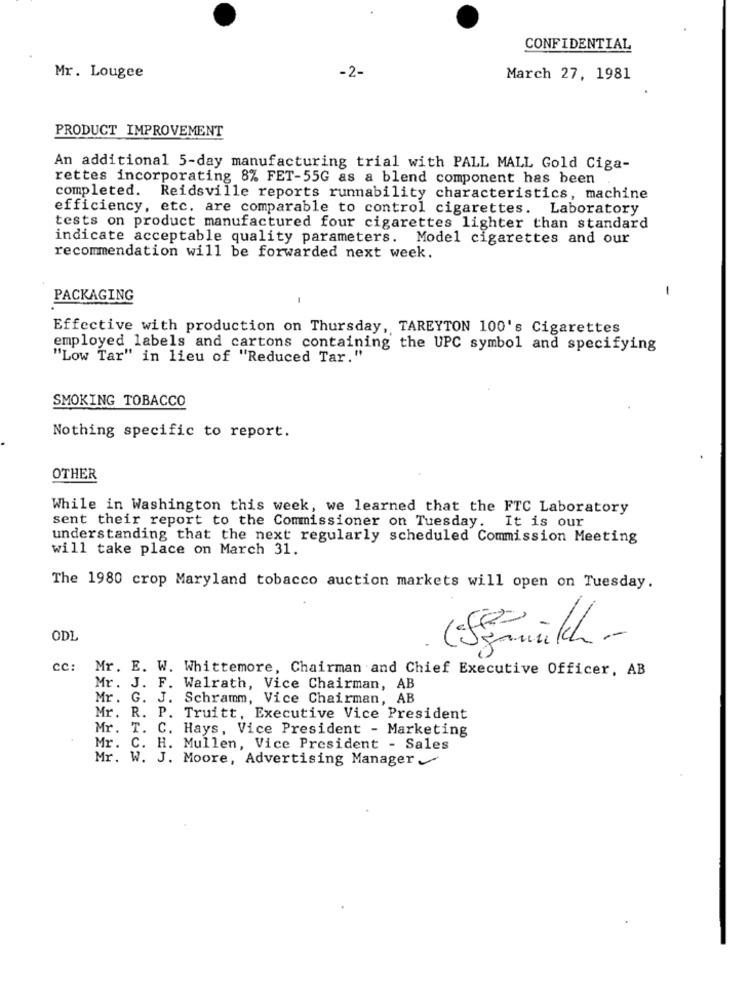
CONFIDENTIAL
-2-
Mr. Lougee
March 27, 1981
PRODUCT IMPROVEMENT
An additional 5-day manufacturing trial with PALL MALL Gold Ciga-
rettes incorporating 8% FET-55G as a blend component has been
completed. Reidsville reports runnability characteristics, machine
efficiency, etc. are comparable to control cigarettes.
Laboratory
tests on product manufactured four cigarettes lighter than standard
indicate acceptable quality parameters. Model cigarettes and our
recommendation will be forwarded next week.
1
PACKAGING
Effective with production on Thursday, TAREYTON 100's Cigarettes
employed labels and cartons containing the UPC symbol and specifying
"Low Tar" in lieu of "Reduced Tar."
SMOKING TOBACCO
Nothing specific to report.
OTHER
While in Washington this week, we learned that the FTC Laboratory
sent their report to the Commissioner on Tuesday.
It is our
understanding that the next regularly scheduled Commission Meeting
will take place on March 31.
The 1980 crop Maryland tobacco auction markets will open on Tuesday.
ODL
cc: Mr. E. W. Whittemore, Chairman and Chief Executive Officer, AB
Mr. J. F. Walrath, Vice Chairman, AB
Mr. G. J. Schramm, Vice Chairman, AB
Mr. R. P. Truitt, Executive Vice President
Mr. T.
C. Hays, Vice President - Marketing
Mr. C.
H. Mullen, Vice President - Sales
Mr. W. J. Moore, Advertising Manager